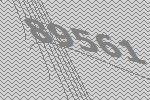
89561